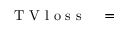
\begin{array} { r l } { \mathrm { ~ T ~ V ~ l ~ o ~ s ~ s ~ } } & { { } = } \end{array}